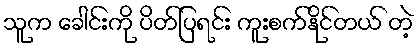
သူက ခေါင်းကို ပိတ်ပြရင်း ကူးစက်နိုင်တယ် တဲ့